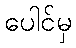
ပေါင်မှ